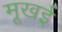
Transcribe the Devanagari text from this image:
मूखई